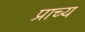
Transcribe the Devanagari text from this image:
प्राच्‍य